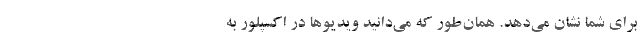
برای شما نشان می‌دهد. همان‌طور که می‌دانید ویدیو‌ها در اکسپلور به